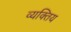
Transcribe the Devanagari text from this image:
व्यक्तिय